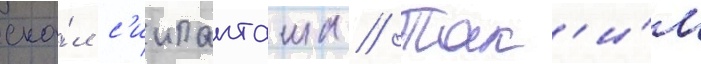
ска́л с'иипанташа // Так'и́м